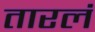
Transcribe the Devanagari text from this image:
तारलं